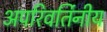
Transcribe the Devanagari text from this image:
अपरिवर्तिनीय